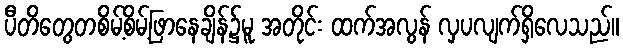
ပီတိတွေတစိမ့်စိမ့်ဖြာနေချိန်၌မူ အတိုင်း ထက်အလွန် လှပလျက်ရှိလေသည်။